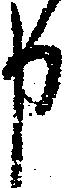
申